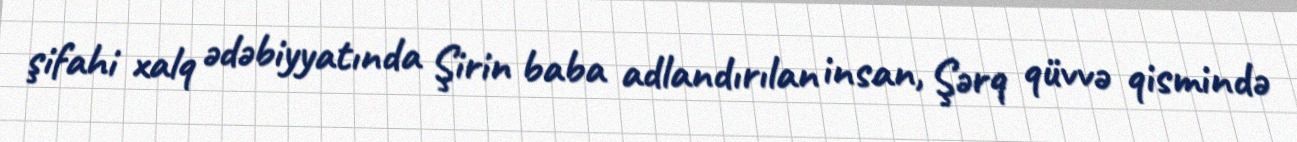
şifahi xalq ədəbiyyatında Şirin baba adlandırılan insan, Şərq qüvvə qismində